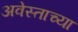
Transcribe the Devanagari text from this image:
अवेस्ताच्या